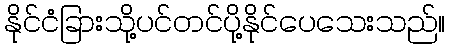
နိုင်ငံခြားသို့ပင်တင်ပို့နိုင်ပေသေးသည်။